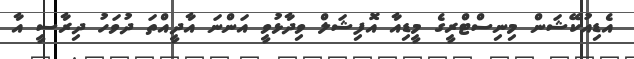
އެޑިއުކޭޝަން މިނިސްޓްރީގެ މީޑިއާ އޮފިޝަލް ވިދާޅުވީ އަންނަ އާދީއްތަ ދުވަހު ދިރާސީ އާ